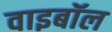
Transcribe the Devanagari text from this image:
वाइबॉल